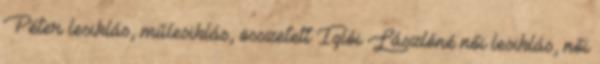
Péter lesiklás, műlesiklás, összetett Iglói Lászlóné női lesiklás, női